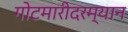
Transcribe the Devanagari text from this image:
गोटमारीदरम्यान